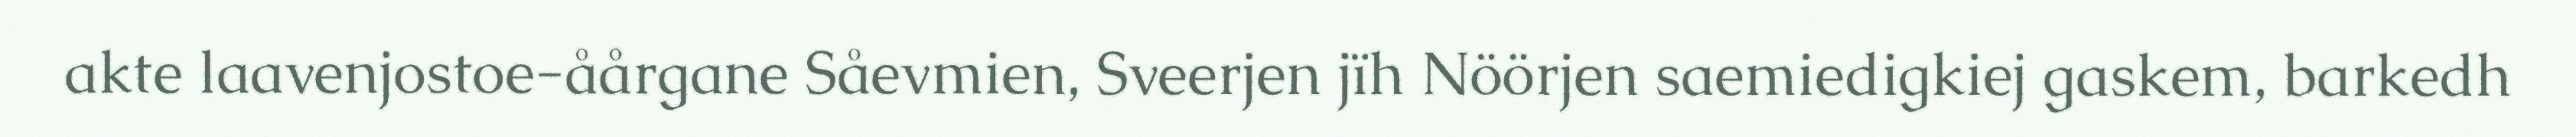
akte laavenjostoe-åårgane Såevmien, Sveerjen jïh Nöörjen saemiedigkiej gaskem, barkedh